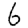
Digit: 6